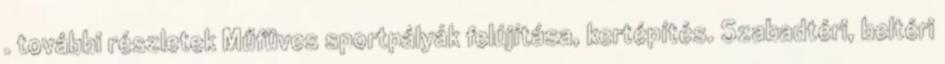
. további részletek Műfüves sportpályák felújítása, kertépítés. Szabadtéri, beltéri